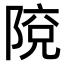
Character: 𨺥